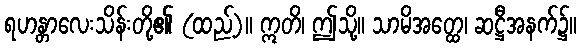
ရဟန္တာလေးသိန်းတို့၏ (ထည့်)။ ဣတိ၊ ဤသို့။ သာမိအတ္ထေ၊ ဆဋ္ဌီအနက်၌။